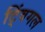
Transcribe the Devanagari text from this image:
ट्विंगल